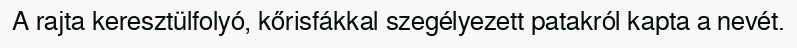
A rajta keresztülfolyó, kőrisfákkal szegélyezett patakról kapta a nevét.